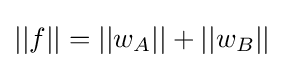
||f||=||w_{A}||+||w_{B}||